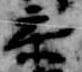
参